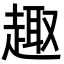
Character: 趣